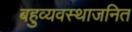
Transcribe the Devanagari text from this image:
बहुव्यवस्थाजनित